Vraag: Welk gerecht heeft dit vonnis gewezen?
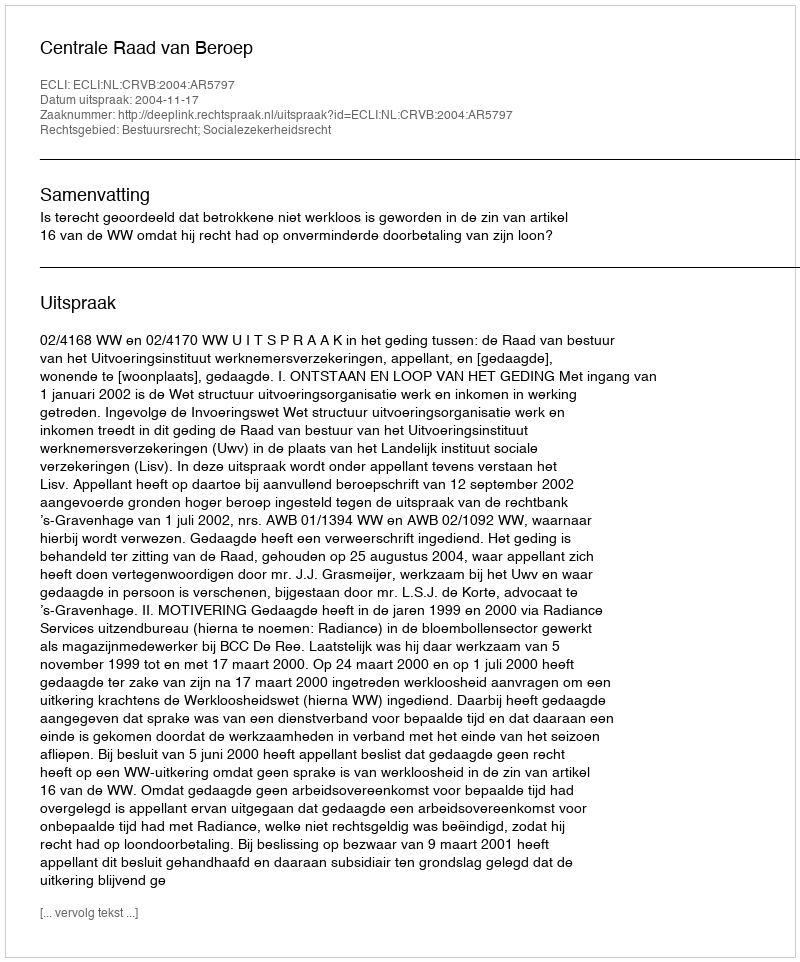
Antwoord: Centrale Raad van Beroep